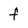
Character: f